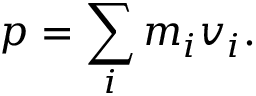
p = \sum _ { i } m _ { i } v _ { i } .